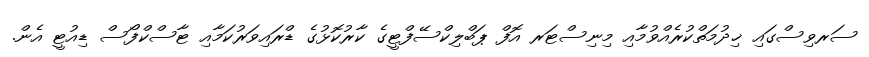
ސަރވިސްގައި ޚިދުމަތްކުރެއްވުމާއި މިނިސްޓަރ އޮފް ޕަބްލިކްސޭފްޓީގެ ކާރުކޮޅުގެ ޑްރައިވަރުކަމާއި ޓާސްކްފޯސް ޑިއުޓީ އެން.